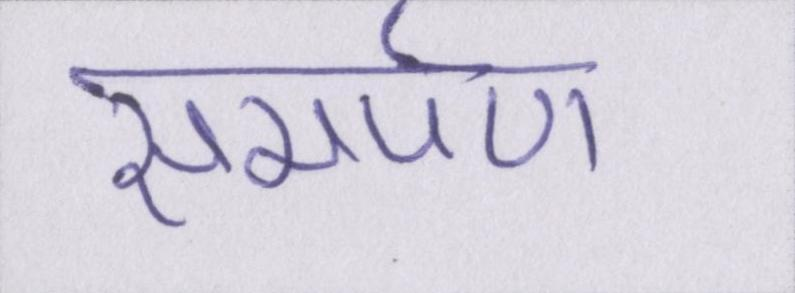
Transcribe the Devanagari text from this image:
समर्पण